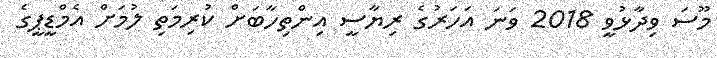
މޫސަ ވިދާޅުވީ 2018 ވަނަ އަހަރުގެ ރިޔާސީ އިންތިހާބަށް ކުރިމަތި ލުމަށް އެމްޑީޕީގެ